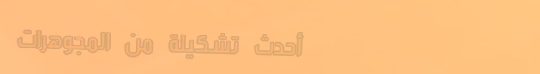
أحدث تشكيلة من المجوهرات